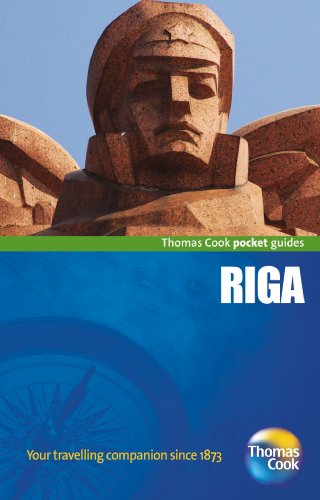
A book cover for Riga (Pocket Guides); Travel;